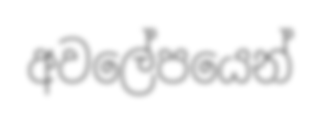
අවලේපයෙන්